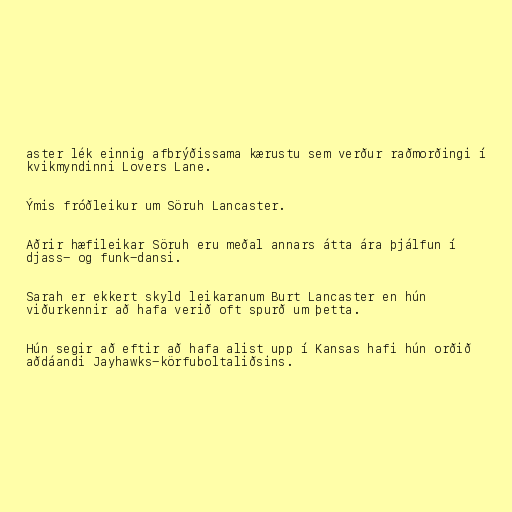
aster lék einnig afbrýðissama kærustu sem verður raðmorðingi í
kvikmyndinni Lovers Lane.

Ýmis fróðleikur um Söruh Lancaster.

Aðrir hæfileikar Söruh eru meðal annars átta ára þjálfun í
djass- og funk-dansi.

Sarah er ekkert skyld leikaranum Burt Lancaster en hún
viðurkennir að hafa verið oft spurð um þetta.

Hún segir að eftir að hafa alist upp í Kansas hafi hún orðið
aðdáandi Jayhawks-körfuboltaliðsins.